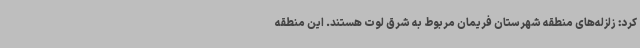
کرد: زلزله‌های منطقه شهرستان فریمان مربوط به شرق لوت هستند. این منطقه